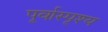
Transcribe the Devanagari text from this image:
पूर्वास्पृश्य